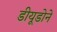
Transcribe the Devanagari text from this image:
डीयूडोने